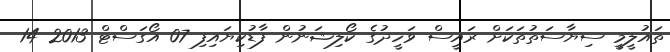
ތައުލީމީ ސިޔާސަތުތަކަށް ރައީސް ވަހީދުގެ ކޯލިޝަނުން ފާޑުކިޔައިފި 07 އޯގަސްޓް 2013 14